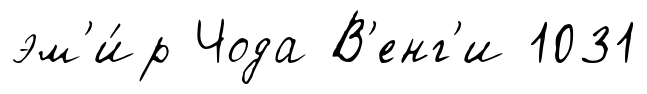
эм'и́р Чода В'енг'и 1031